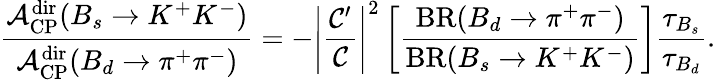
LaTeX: \frac{{\cal A}_{\mathrm{CP}}^{\mathrm{dir}}(B_{s}\to K^{+}K^{-})}{{\cal A}_{\mathrm{CP}}^{\mathrm{dir}}(B_{d}\to\pi^{+}\pi^{-})}=-\left|\frac{{\cal C}^{\prime}}{{\cal C}}\right|^{2}\left[\frac{\mathrm{BR}(B_{d}\to\pi^{+}\pi^{-})}{\mathrm{BR}(B_{s}\to K^{+}K^{-})}\right]\frac{\tau_{B_{s}}}{\tau_{B_{d}}}.